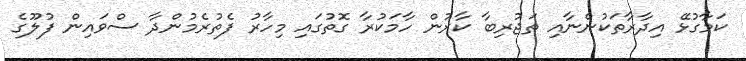
ކަމާގުޅޭ އިދާރާތަކުންނާއި ތަޖުރިބާ ކާރުން ހާމަކުރާ ގޮތުގައި މިހާރު ފެތުރެމުންދާ ސްވައިން ފުލޫގެ